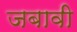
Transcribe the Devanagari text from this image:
जबावी